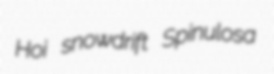
Hoi snowdrift Spinulosa